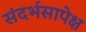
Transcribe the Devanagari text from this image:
संदर्भसापेक्ष